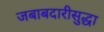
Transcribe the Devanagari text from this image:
जबाबदारीसुद्धा